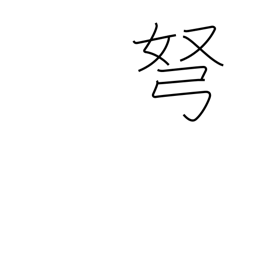
Meaning: bow (arrow)